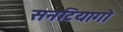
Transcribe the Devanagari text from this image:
सनटियागो